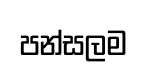
පන්සලම